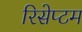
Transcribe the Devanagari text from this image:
रिसेप्टम